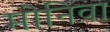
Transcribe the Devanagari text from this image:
मोनिवा